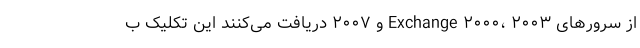
از سرورهای Exchange ۲۰۰۰، ۲۰۰۳ و ۲۰۰۷ دریافت می‌­کنند این تکلیک ب